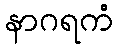
နာဂရကံ